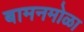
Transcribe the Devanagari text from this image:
बामनमोळा